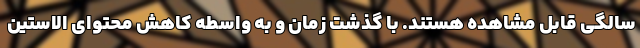
سالگی قابل مشاهده هستند. با گذشت زمان و به واسطه کاهش محتوای الاستین